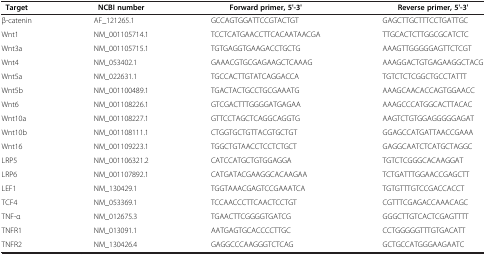
<table><thead><tr><td><b> Target</b></td><td><b> NCBI number</b></td><td><b>Forward primer, 5&#x27;-3&#x27;</b></td><td><b>Reverse primer, 5&#x27;-3&#x27;</b></td></tr></thead><tbody><tr><td>β-catenin</td><td>AF_121265.1</td><td>GCCAGTGGATTCCGTACTGT</td><td>GAGCTTGCTTTCCTGATTGC</td></tr><tr><td>Wnt1</td><td>NM_001105714.1</td><td>TCCTCATGAACCTTCACAATAACGA</td><td>TTGCACTCTTGGCGCATCTC</td></tr><tr><td>Wnt3a</td><td>NM_001105715.1</td><td>TGTGAGGTGAAGACCTGCTG</td><td>AAAGTTGGGGGAGTTCTCGT</td></tr><tr><td>Wnt4</td><td>NM_053402.1</td><td>GAAACGTGCGAGAAGCTCAAAG</td><td>AAAGGACTGTGAGAAGGCTACG</td></tr><tr><td>Wnt5a</td><td>NM_022631.1</td><td>TGCCACTTGTATCAGGACCA</td><td>TGTCTCTCGGCTGCCTATTT</td></tr><tr><td>Wnt5b</td><td>NM_001100489.1</td><td>TGACTACTGCCTGCGAAATG</td><td>AAAGCAACACCAGTGGAACC</td></tr><tr><td>Wnt6</td><td>NM_001108226.1</td><td>GTCGACTTTGGGGATGAGAA</td><td>AAAGCCCATGGCACTTACAC</td></tr><tr><td>Wnt10a</td><td>NM_001108227.1</td><td>GTTCCTAGCTCAGGCAGGTG</td><td>AAGTCTGTGGAGGGGGAGAT</td></tr><tr><td>Wnt10b</td><td>NM_001108111.1</td><td>CTGGTGCTGTTACGTGCTGT</td><td>GGAGCCATGATTAACCGAAA</td></tr><tr><td>Wnt16</td><td>NM_001109223.1</td><td>TGGCTGTAACCTCCTCTGCT</td><td>GAGGCAATCTCATGCTAGGC</td></tr><tr><td>LRP5</td><td>NM_001106321.2</td><td>CATCCATGCTGTGGAGGA</td><td>TGTCTCGGGCACAAGGAT</td></tr><tr><td>LRP6</td><td>NM_001107892.1</td><td>CATGATACGAAGGCACAAGAA</td><td>TCTGATTTGGAACCGAGCTT</td></tr><tr><td>LEF1</td><td>NM_130429.1</td><td>TGGTAAACGAGTCCGAAATCA</td><td>TGTGTTTGTCCGACCACCT</td></tr><tr><td>TCF4</td><td>NM_053369.1</td><td>TCCAACCCTTCAACTCCTGT</td><td>CGTTTCGAGACCAAACAGC</td></tr><tr><td>TNF-α</td><td>NM_012675.3</td><td>TGAACTTCGGGGTGATCG</td><td>GGGCTTGTCACTCGAGTTTT</td></tr><tr><td>TNFR1</td><td>NM_013091.1</td><td>AATGAGTGCACCCCTTGC</td><td>CCTGGGGGTTTGTGACATT</td></tr><tr><td>TNFR2</td><td>NM_130426.4</td><td>GAGGCCCAAGGGTCTCAG</td><td>GCTGCCATGGGAAGAATC</td></tr></tbody></table>